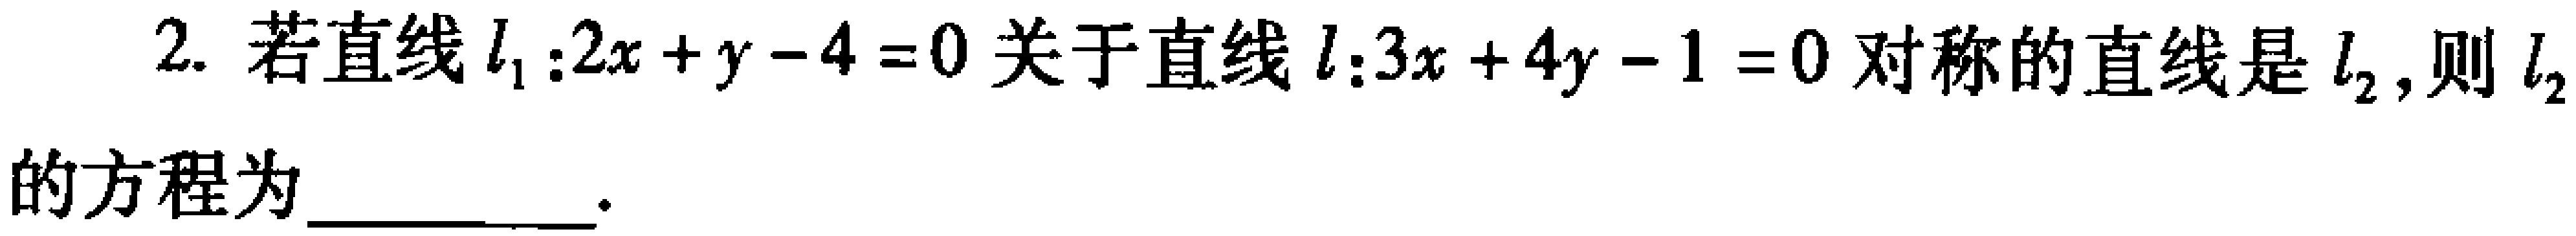
2. 若直线\(l_{1}:2x + y - 4 = 0\)关于直线\(l:3x + 4y - 1 = 0\)对称的直线是\(l_{2}\)，则\(l_{2}\)的方程为  。